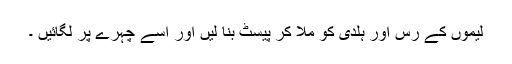
لیموں کے رس اور ہلدی کو ملا کر پیسٹ بنا لیں اور اسے چہرے پر لگائیں ۔